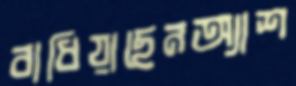
বাধিয়াছেনঅ্যাশ